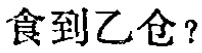
食到乙仓？